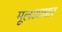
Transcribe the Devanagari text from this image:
मूलआधार